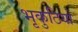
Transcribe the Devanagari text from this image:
भृकुटियों